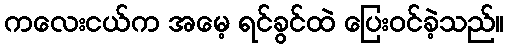
ကလေးငယ်က အမေ့ ရင်ခွင်ထဲ ပြေးဝင်ခဲ့သည်။